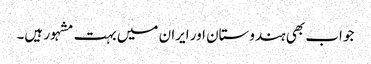
جو اب بھی ہندوستان اور ایران میں بہت مشہور ہیں۔